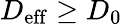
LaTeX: D_{\mathrm{eff}}\geq D_{0}